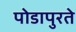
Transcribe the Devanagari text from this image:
पोडापुरते